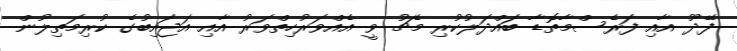
ފޭދޫ އާއި ފަރެސްމާތޮޑާ ބައްދަލުކުރި މެޗު ވީ އެއްވަރުހިތްވަރު އާއި އަޖައިބުގެ ކުރިމަތިލުން